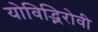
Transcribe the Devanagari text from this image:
योविद्भिरोवी